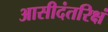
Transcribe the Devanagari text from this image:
आसीदंतरिक्षं